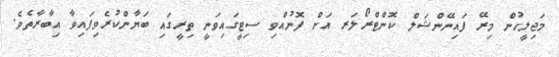
މަޖިލީހުން މިރޭ ފައިނޭންޝަލް ކޮންޓްރޯލަރ އަށް ފޮނުއްވި ސިޓީގައިވަނީ ތިރީގައި ބަޔާންކުރެވިފައިވާ އިބާރާތެވެ.